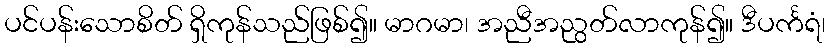
ပင်ပန်းသောစိတ် ရှိကုန်သည်ဖြစ်၍။ မာဂမာ၊ အညီအညွတ်လာကုန်၍။ ဒီပင်္ကရံ၊